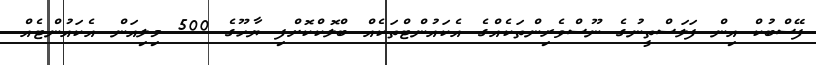
ފޭސްބުކް އިން ފަލަސްތީނުގެ ނޫސްވެރިންތަކެއްގެ އެކައުންޓްތަކެއް ބްލޮކްކޮށްފި ޔާހޫގެ 500 މިލިއަން އެކައުންޓެއް